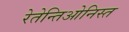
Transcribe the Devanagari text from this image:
रेतेन्तिओनिस्त